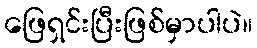
ဖြေရှင်းပြီးဖြစ်မှာပါပဲ။